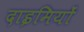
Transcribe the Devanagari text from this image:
दाइमियों